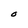
Character: O